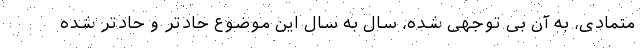
متمادی، به آن بی توجهی شده، سال به سال این موضوع حادتر و حادتر شده